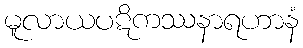
မူလာယပဋိကဿနာရဟာနံ